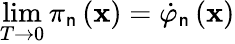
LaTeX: \operatorname*{lim}_{T\rightarrow0}\pi_{\mathsf{n}}\left(\mathbf{{x}}\right)=\dot{{\varphi}}_{\mathsf{n}}\left(\mathbf{{x}}\right)